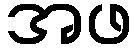
အဖ